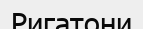
Ригатони